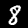
Label: 8